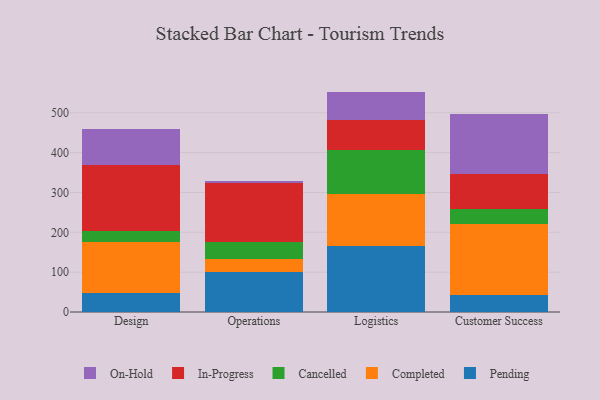
{"axis": {"x": "Department", "y": "Website Visitors"}, "legend": ["Cancelled", "Completed", "In-Progress", "On-Hold", "Pending"], "data": [{"x": "Design", "y": 48.2, "type": "Pending"}, {"x": "Design", "y": 128.3, "type": "Completed"}, {"x": "Design", "y": 27.8, "type": "Cancelled"}, {"x": "Design", "y": 164.0, "type": "In-Progress"}, {"x": "Design", "y": 91.7, "type": "On-Hold"}, {"x": "Operations", "y": 101.2, "type": "Pending"}, {"x": "Operations", "y": 32.0, "type": "Completed"}, {"x": "Operations", "y": 43.4, "type": "Cancelled"}, {"x": "Operations", "y": 146.4, "type": "In-Progress"}, {"x": "Operations", "y": 5.5, "type": "On-Hold"}, {"x": "Logistics", "y": 165.2, "type": "Pending"}, {"x": "Logistics", "y": 131.3, "type": "Completed"}, {"x": "Logistics", "y": 111.0, "type": "Cancelled"}, {"x": "Logistics", "y": 73.9, "type": "In-Progress"}, {"x": "Logistics", "y": 71.8, "type": "On-Hold"}, {"x": "Customer Success", "y": 42.3, "type": "Pending"}, {"x": "Customer Success", "y": 179.5, "type": "Completed"}, {"x": "Customer Success", "y": 37.7, "type": "Cancelled"}, {"x": "Customer Success", "y": 86.4, "type": "In-Progress"}, {"x": "Customer Success", "y": 150.1, "type": "On-Hold"}]}